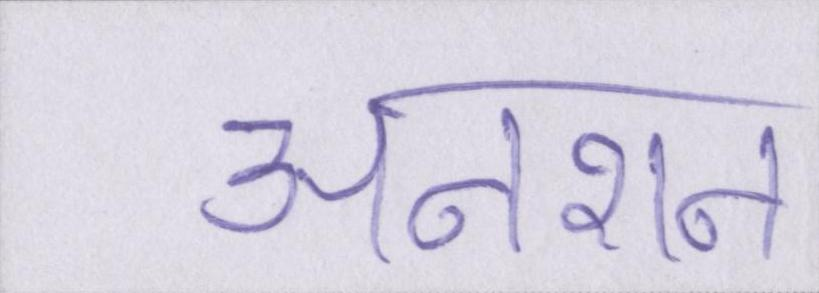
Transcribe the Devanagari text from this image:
अनशन